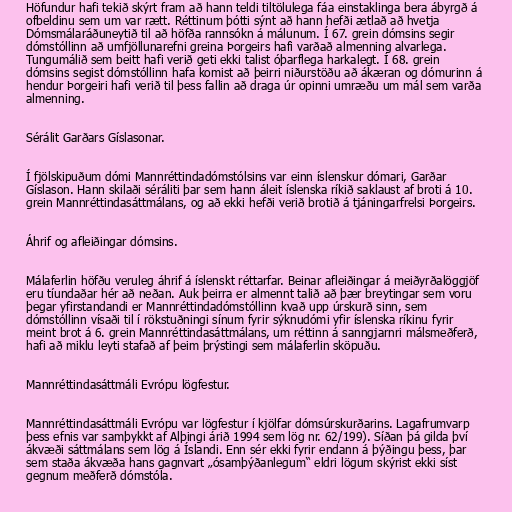
Höfundur hafi tekið skýrt fram að hann teldi tiltölulega fáa einstaklinga bera ábyrgð á
ofbeldinu sem um var rætt. Réttinum þótti sýnt að hann hefði ætlað að hvetja
Dómsmálaráðuneytið til að höfða rannsókn á málunum. Í 67. grein dómsins segir
dómstóllinn að umfjöllunarefni greina Þorgeirs hafi varðað almenning alvarlega.
Tungumálið sem beitt hafi verið geti ekki talist óþarflega harkalegt. Í 68. grein
dómsins segist dómstóllinn hafa komist að þeirri niðurstöðu að ákæran og dómurinn á
hendur Þorgeiri hafi verið til þess fallin að draga úr opinni umræðu um mál sem varða
almenning.

Sérálit Garðars Gíslasonar.

Í fjölskipuðum dómi Mannréttindadómstólsins var einn íslenskur dómari, Garðar
Gíslason. Hann skilaði séráliti þar sem hann áleit íslenska ríkið saklaust af broti á 10.
grein Mannréttindasáttmálans, og að ekki hefði verið brotið á tjáningarfrelsi Þorgeirs.

Áhrif og afleiðingar dómsins.

Málaferlin höfðu veruleg áhrif á íslenskt réttarfar. Beinar afleiðingar á meiðyrðalöggjöf
eru tíundaðar hér að neðan. Auk þeirra er almennt talið að þær breytingar sem voru
þegar yfirstandandi er Mannréttindadómstóllinn kvað upp úrskurð sinn, sem
dómstóllinn vísaði til í rökstuðningi sínum fyrir sýknudómi yfir íslenska ríkinu fyrir
meint brot á 6. grein Mannréttindasáttmálans, um réttinn á sanngjarnri málsmeðferð,
hafi að miklu leyti stafað af þeim þrýstingi sem málaferlin sköpuðu.

Mannréttindasáttmáli Evrópu lögfestur.

Mannréttindasáttmáli Evrópu var lögfestur í kjölfar dómsúrskurðarins. Lagafrumvarp
þess efnis var samþykkt af Alþingi árið 1994 sem lög nr. 62/199). Síðan þá gilda því
ákvæði sáttmálans sem lög á Íslandi. Enn sér ekki fyrir endann á þýðingu þess, þar
sem staða ákvæða hans gagnvart „ósamþýðanlegum“ eldri lögum skýrist ekki síst
gegnum meðferð dómstóla.